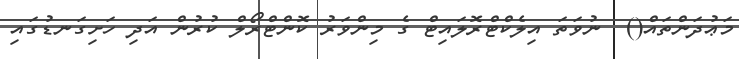
މަޢުދަންތައް()  ނުވަތަ އިލެކްޓްރޮލައިޓް ގެ މިންވަރު ކޮންޓްރޯލް ކުރުން އަދި ހަށިގަނޑުގައި